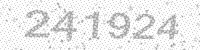
Solution: 241924